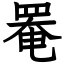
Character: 罨